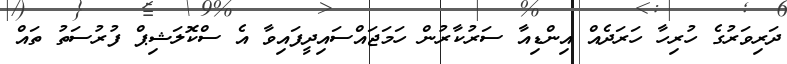
ދަރިވަރުގެ ހުރިހާ ހަރަދެއް އިންޑިއާ ސަރުކާރުން ހަމަޖައްސައިދީފައިވާ އެ ސްކޮލަޝިޕް ފުރުސަތު ތައް